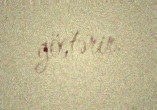
göstərir.